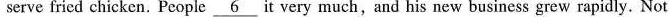
serve fried chicken. People \underline{6} t very much, and his new business grew rapidly. Not